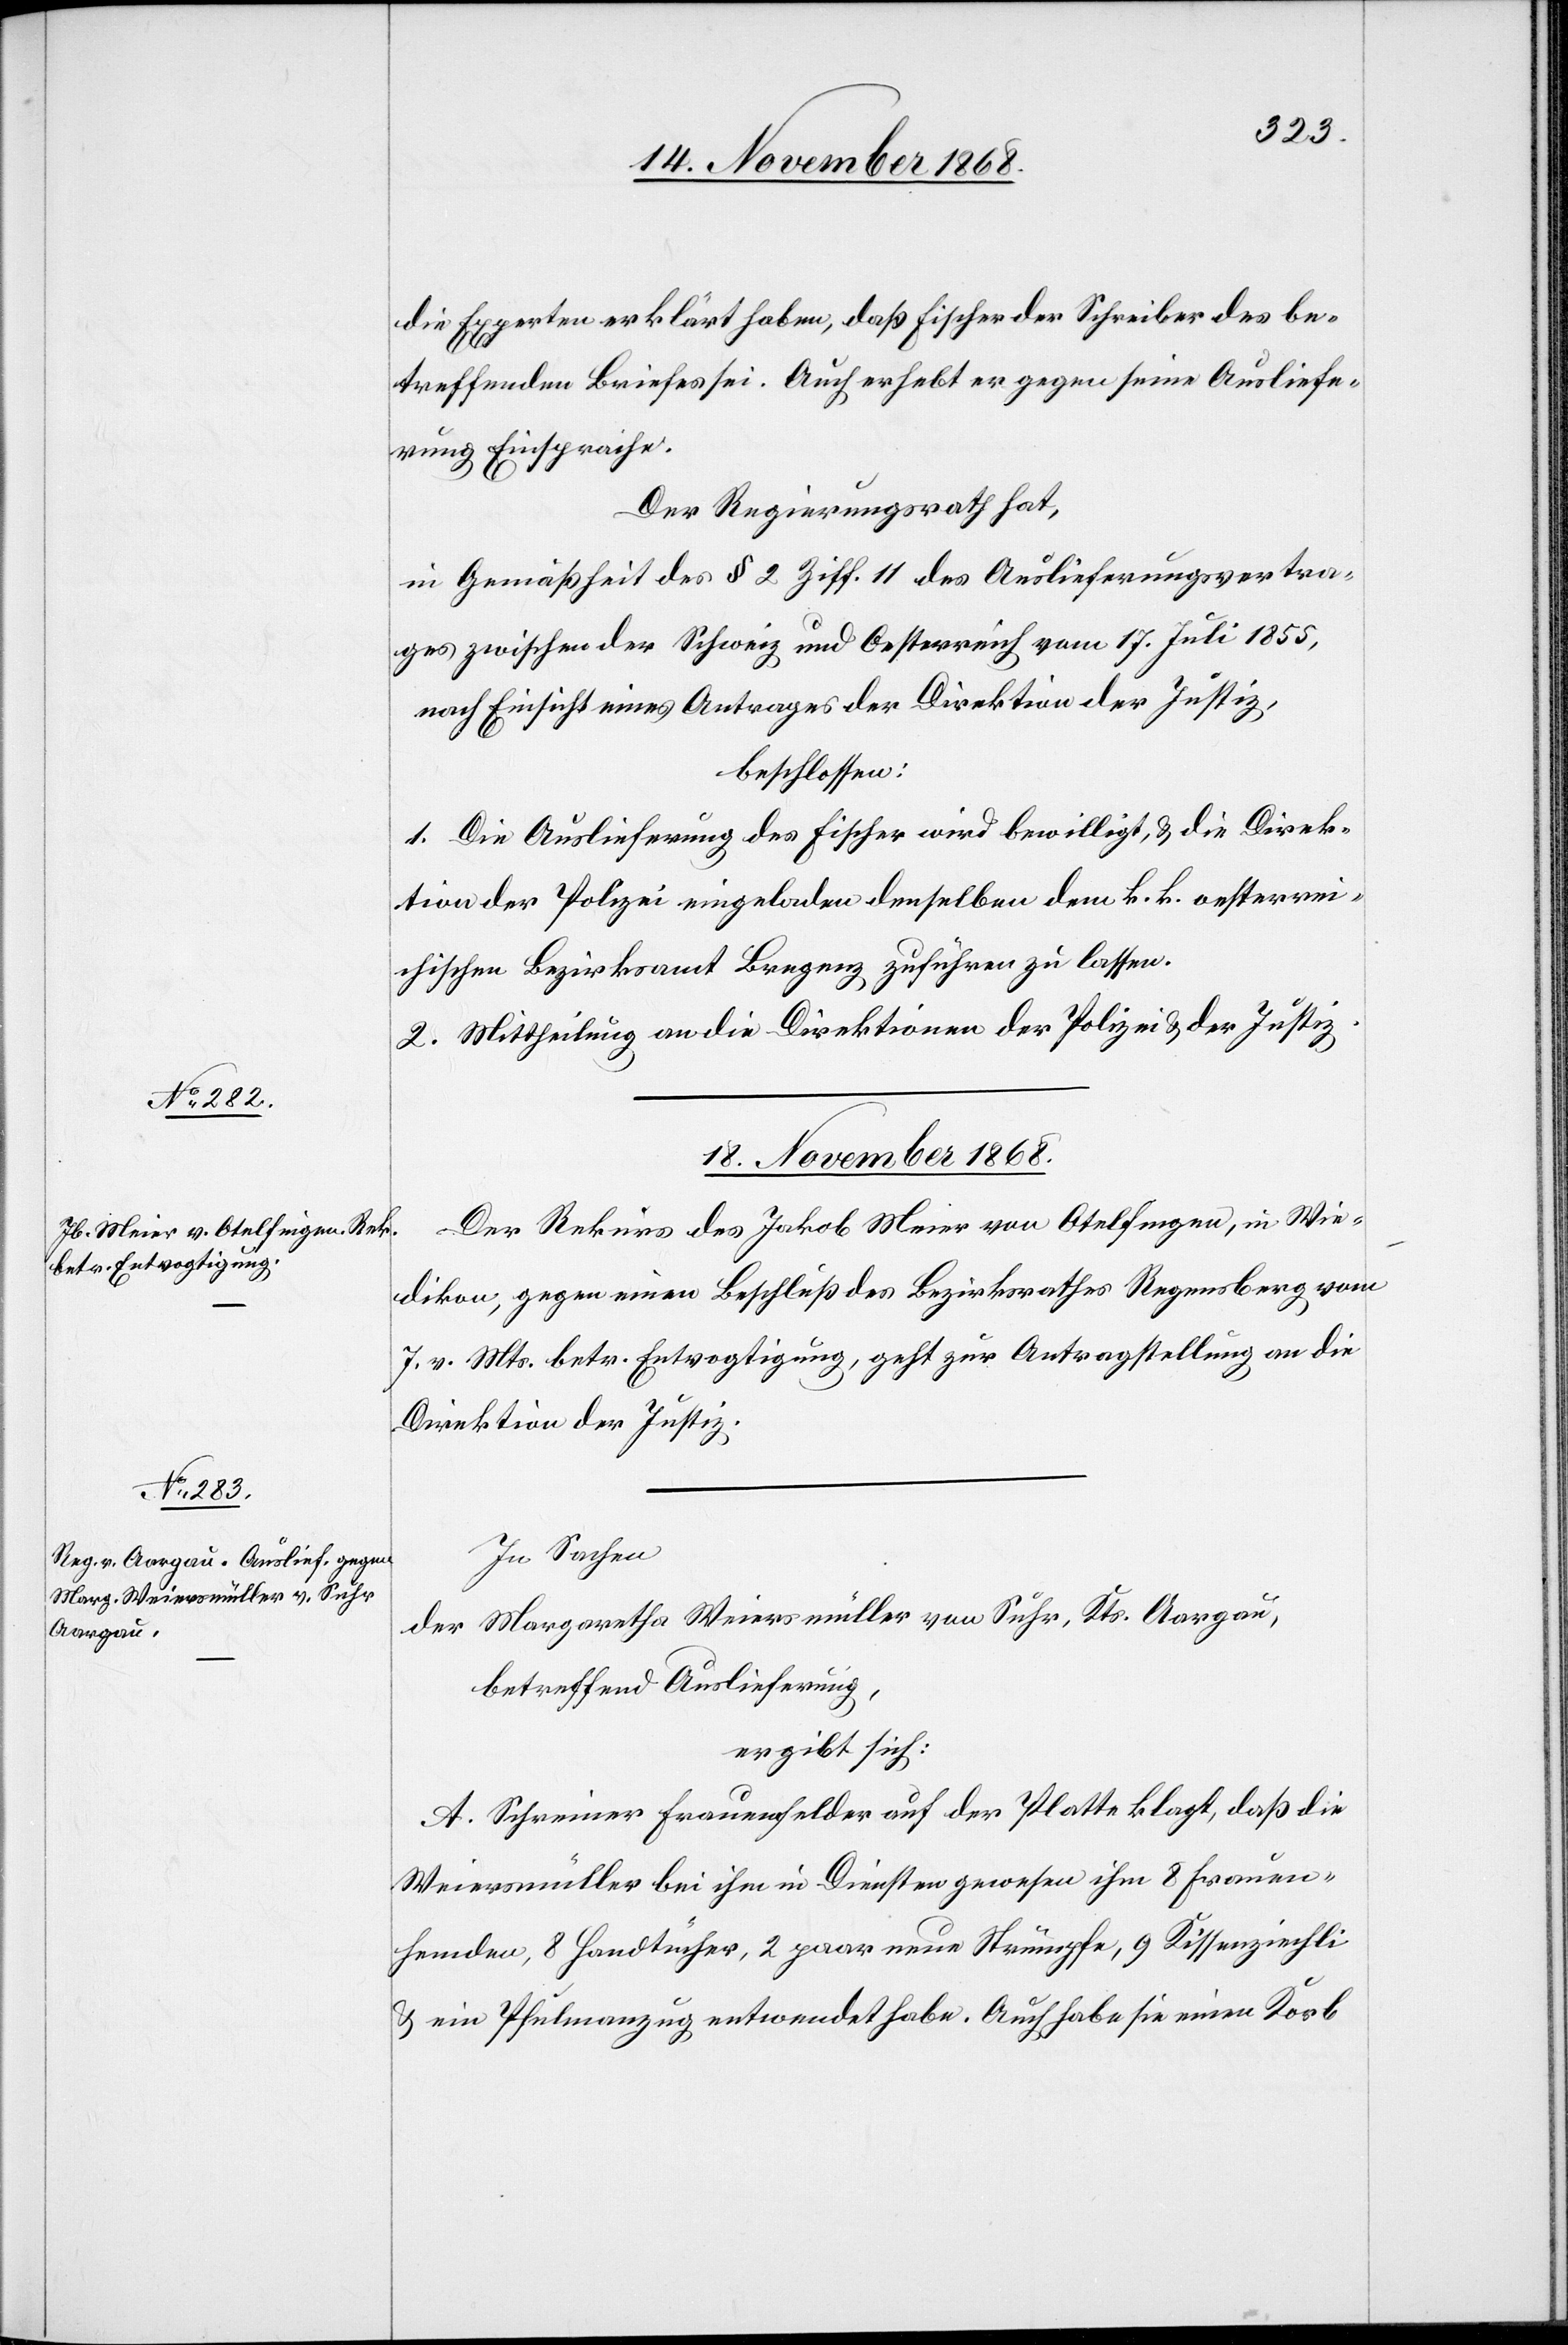
18. November 1868.]
die Experten erklärt haben, daß Fischer der Schreiber des be¬
treffenden Briefes sei. Auch erhebt er gegen seine Ausliefe¬
rung Einsprache.
Der Regierungsrath hat,
in Gemäßheit des § 2 Ziff. 11 des Auslieferungsvertra¬
ges zwischen der Schweiz und Oesterreich vom 17. Juli 1855,
nach Einsicht eines Antrages der Direktion der Justiz,
beschlossen:
1. Die Auslieferung des Fischer wird bewilligt, & die Direk¬
tion der Polizei eingeladen denselben dem k. k. oesterrei¬
chischen Bezirksamt Bregenz zuführen zu lassen.
2. Mittheilung an die Direktionen der Polizei & der Justiz.
18. November 1868.
Der Rekurs des Jakob Meier von Otelfingen, in Wie¬
dikon, gegen einen Beschluß des Bezirksrathes Regensberg vom
7. v. Mts. betr. Entvogtigung, geht zur Antragstellung an die
Direktion der Justiz.
In Sachen
der Margaretha Weiersmüller von Suhr, Kts. Aargau,
betreffend Auslieferung,
ergibt sich:
A. Schreiner Frauenfelder auf der Platte klagt, daß die
Weiersmüller bei ihm in Diensten gewesen ihm 8 Frauen¬
hemden, 8 Handtücher, 2 paar neue Strümpfe, 9 Kissenziechli
& ein Pfulmanzug entwendet habe. Auch habe sie einen Korb